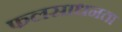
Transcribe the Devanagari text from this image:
फलसाधनता